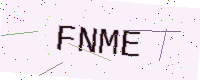
Text: FNME